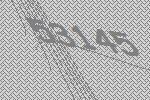
53145